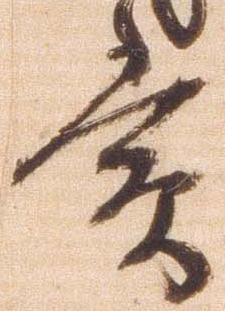
賞